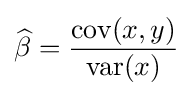
{\widehat {\beta }}={\frac {\operatorname {cov} (x,y)}{\operatorname {var} (x)}}